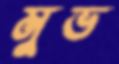
মুভ